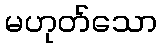
မဟုတ်သော